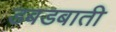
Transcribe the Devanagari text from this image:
डबडबाती